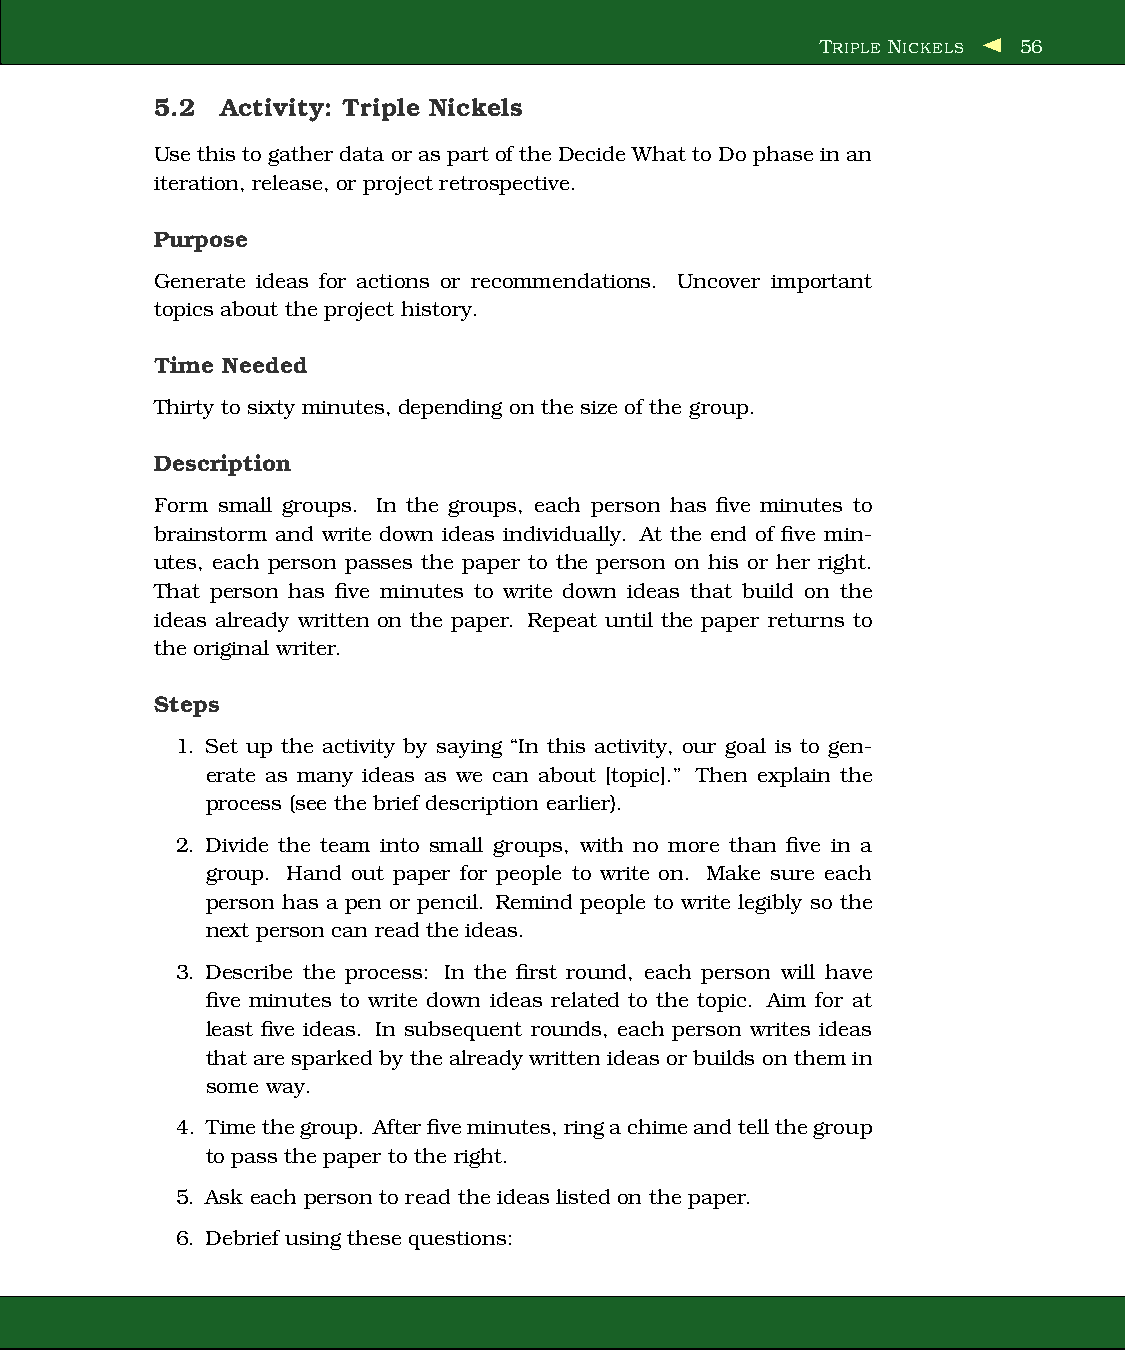
TRIPLE NICKELS 56
 5.2  Activity: Triple Nickels
 Usethistogatherdata or as part of theDecide What toDo phase in an
 iteration, release, or project retrospective.
 Purpose
 Generate ideas for actions or recommendations. Uncover important
 topics about the project history.
 Time Needed
 Thirty to sixty minutes, depending on the size of the group.
 Description
 Form small groups. In the groups, each person has five minutes to
 brainstorm and write down ideas individually. At the end of five min-
 utes, each person passes the paper to the person on his or her right.
 That person has five minutes to write down ideas that build on the
 ideas already written on the paper. Repeat until the paper returns to
 the original writer.
 Steps
 1. Set up the activity by saying “In this activity, our goal is to gen-
 erate as many ideas as we can about [topic].” Then explain the
 process (see the brief description earlier).
 2. Divide the team into small groups, with no more than five in a
 group. Hand out paper for people to write on. Make sure each
 person has a pen or pencil. Remind people to write legibly so the
 next person can read the ideas.
 3. Describe the process: In the first round, each person will have
 five minutes to write down ideas related to the topic. Aim for at
 least five ideas. In subsequent rounds, each person writes ideas
 thataresparked by thealreadywrittenideasor builds on themin
 some way.
 4. Timethegroup. Afterfiveminutes,ringachimeandtellthegroup
 to pass the paper to the right.
 5. Ask each person to read the ideas listed on the paper.
 6. Debrief using these questions: